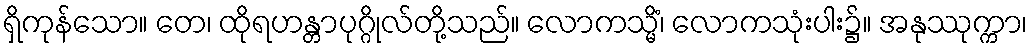
ရှိကုန်သော။ တေ၊ ထိုရဟန္တာပုဂ္ဂိုလ်တို့သည်။ လောကသ္မိံ၊ လောကသုံးပါး၌။ အနုဿုက္ကာ၊